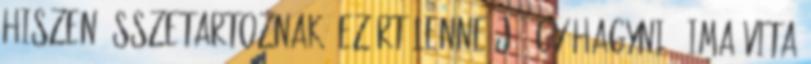
hiszen összetartoznak. Ezért lenne jó így hagyni.– Ima vita